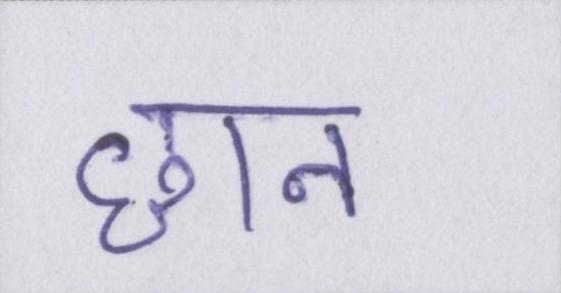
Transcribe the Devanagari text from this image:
छान